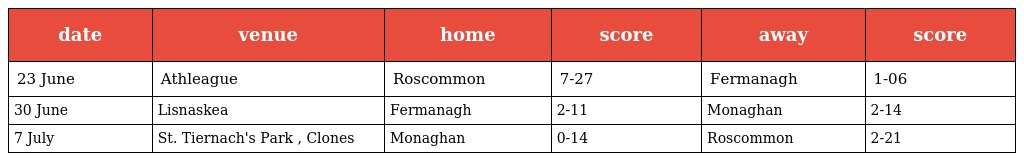
| date | venue | home | score | away | score |
 | --- | --- | --- | --- | --- | --- |
 | 23 June | Athleague | Roscommon | 7-27 | Fermanagh | 1-06 |
 | 30 June | Lisnaskea | Fermanagh | 2-11 | Monaghan | 2-14 |
 | 7 July | St. Tiernach's Park , Clones | Monaghan | 0-14 | Roscommon | 2-21 |